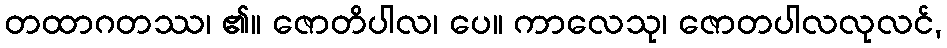
တထာဂတဿ၊ ၏။ ဇောတိပါလ၊ ပေ။ ကာလေသု၊ ဇောတပါလလုလင်,